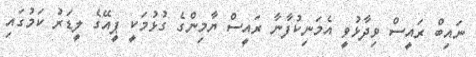
ނައިބް ރައީސް ވިދާޅުވީ އެމަނިކުފާނާ ރައީސް ޔާމިންގެ ގުޅުމަކީ ޕީއޭގެ ލީޑަރު ކަމުގައި